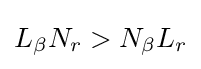
L_{\beta }N_{r}>N_{\beta }L_{r}